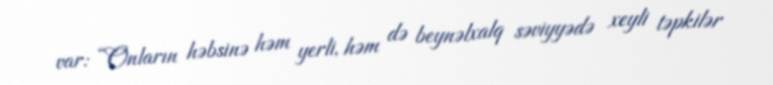
var: “Onların həbsinə həm yerli, həm də beynəlxalq səviyyədə xeyli təpkilər